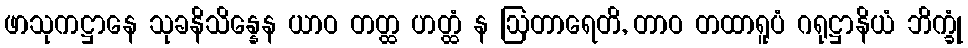
ဖာသုကဋ္ဌာနေ သုခနိသိန္နေန ယာဝ တတ္ထ ဟတ္ထံ န ဩတာရေတိ, တာဝ တထာရူပံ ဂရုဋ္ဌာနိယံ ဘိက္ခုံ